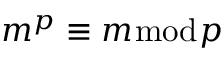
m ^ { p } \equiv m { \bmod { p } }